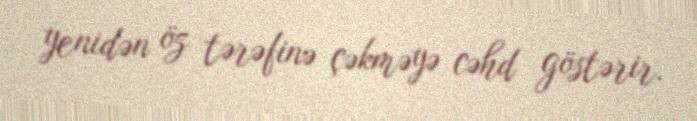
yenidən öz tərəfinə çəkməyə cəhd göstərir.